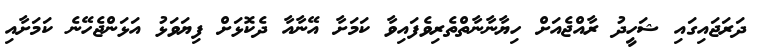
ދަރަޖައިގައި ޝަހީދު ރާއްޖެއަށް ހިޔާނާނާތްތެރިވެފައިވާ ކަމަށާ އޭނާއާ ދެކޮޅަށް ފިޔަވަޅު އަޅަންޖެހޭނެ ކަމަށާއި